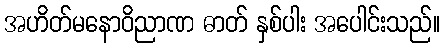
အဟိတ်မနောဝိညာဏ ဓာတ် နှစ်ပါး အပေါင်းသည်။